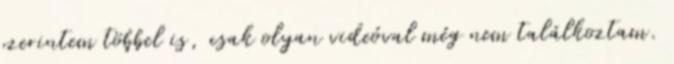
szerintem többel is, csak olyan videóval még nem találkoztam.